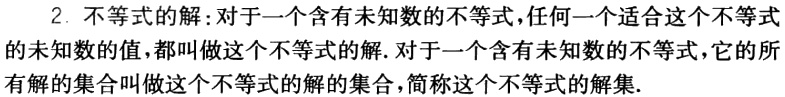
2. 不等式的解: 对于一个含有未知数的不等式, 任何一个适合这个不等式的未知数的值, 都叫做这个不等式的解. 对于一个含有未知数的不等式, 它的所有解的集合叫做这个不等式的解的集合, 简称这个不等式的解集.